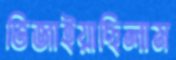
ভিজাইয়াছিলাম